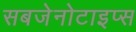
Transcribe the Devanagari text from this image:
सबजेनोटाइप्स